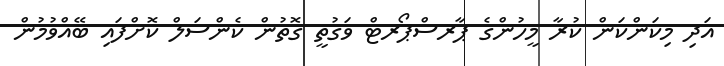
އަދި މިކަންކަން ކުރާ މީހުންގެ ޕާރސްޕޯރޓް ވަގުތީ ގޮތުން ކެންސަލް ކޮށްފައި ބޭއްވުމުން